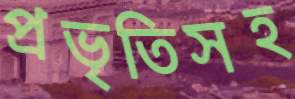
প্রভৃতিসহ